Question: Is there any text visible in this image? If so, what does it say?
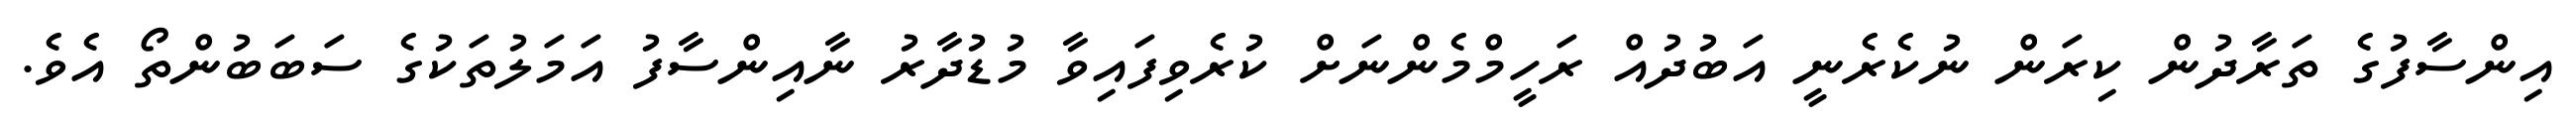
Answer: އިންސާފުގެ ތަރާދުން ކިރަން ނުކެރެނީ އަބުދުއް ރަހީމްމެންނަށް ކުރެވިފައިވާ މުޑުދާރު ނާއިންސާފު އަމަލުތަކުގެ ސަބަބުންތޯ އެވެ.